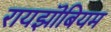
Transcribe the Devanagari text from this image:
रायझॊबियम